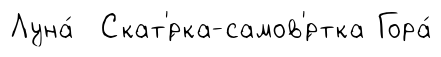
Луна́ Скат'́рка-самов'́ртка Гора́